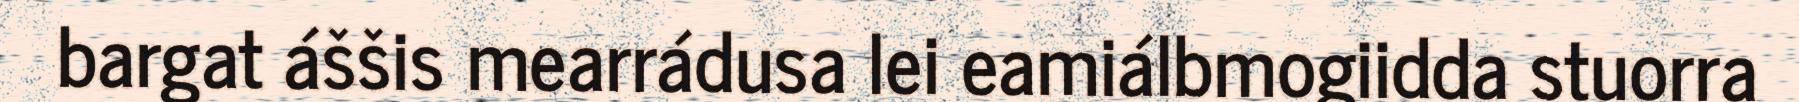
bargat áššis mearrádusa lei eamiálbmogiidda stuorra